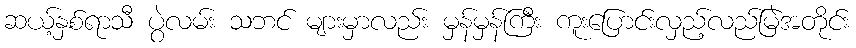
ဆယ့်နှစ်ရာသီ ပွဲလမ်း သဘင် များမှာလည်း မှန်မှန်ကြီး ကူးပြောင်းလှည့်လည်မြဲအတိုင်း